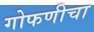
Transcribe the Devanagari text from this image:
गोफणीचा